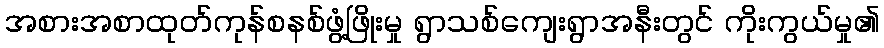
အစားအစာထုတ်ကုန်စနစ်ဖွံ့ဖြိုးမှု ရွာသစ်ကျေးရွာအနီးတွင် ကိုးကွယ်မှု၏